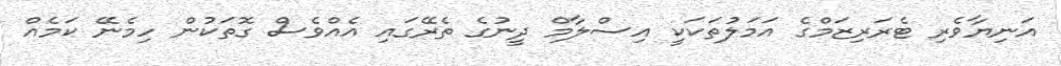
އަނިޔާވެރި ޓެރަރިޒަމްގެ އަމަލުތަކަކީ އިސްލާމް ދީނުގެ ތެރޭގައި އެއްވެސް ގޮތަކުން ހިމެނޭ ކަމެއް